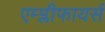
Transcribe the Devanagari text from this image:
एम्प्लीफायर्स